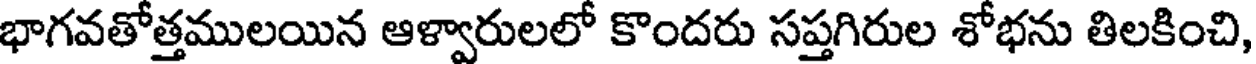
భాగవతోత్తములయిన ఆళ్వారులలో కొందరు సప్తగిరుల శోభను తిలకించి,